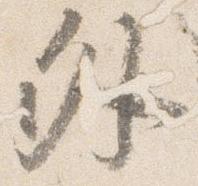
外